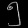
Digit: ၅